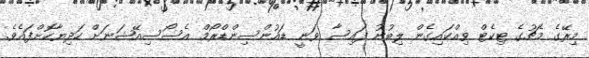
މިރޭގެ މެޗުގެ ޓިކެޓް ވިއްކައިގެން ލިބުނު ފައިސާ ވަނީ ޑައުންސިންޑްރޯމް އެސޯސިއޭޝަނަށް ހަދިޔާކޮށްފައެވެ.